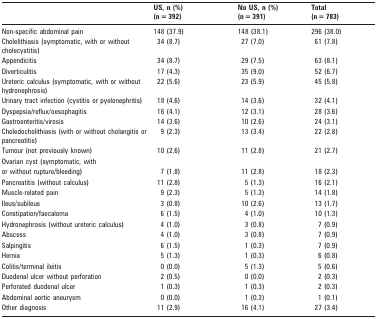
<table><thead><tr><td></td><td><b>US, n (%)(n = 392)</b></td><td><b>No US, n (%)(n = 391)</b></td><td><b>Total(n = 783)</b></td></tr></thead><tbody><tr><td>Non-specific abdominal pain</td><td>148 (37.9)</td><td>148 (38.1)</td><td>296 (38.0)</td></tr><tr><td>Cholelithiasis (symptomatic, with or without cholecystitis)</td><td>34 (8.7)</td><td>27 (7.0)</td><td>61 (7.8)</td></tr><tr><td>Appendicitis</td><td>34 (8.7)</td><td>29 (7.5)</td><td>63 (8.1)</td></tr><tr><td>Diverticulitis</td><td>17 (4.3)</td><td>35 (9.0)</td><td>52 (6.7)</td></tr><tr><td>Ureteric calculus (symptomatic, with or without hydronephrosis)</td><td>22 (5.6)</td><td>23 (5.9)</td><td>45 (5.8)</td></tr><tr><td>Urinary tract infection (cystitis or pyelonephritis)</td><td>18 (4.6)</td><td>14 (3.6)</td><td>32 (4.1)</td></tr><tr><td>Dyspepsia/reflux/oesophagitis</td><td>16 (4.1)</td><td>12 (3.1)</td><td>28 (3.6)</td></tr><tr><td>Gastroenteritis/virosis</td><td>14 (3.6)</td><td>10 (2.6)</td><td>24 (3.1)</td></tr><tr><td>Choledocholithiasis (with or without cholangitis or pancreatitis)</td><td>9 (2.3)</td><td>13 (3.4)</td><td>22 (2.8)</td></tr><tr><td>Tumour (not previously known)</td><td>10 (2.6)</td><td>11 (2.8)</td><td>21 (2.7)</td></tr><tr><td>Ovarian cyst (symptomatic, with</td><td></td><td></td><td></td></tr><tr><td>or without rupture/bleeding)</td><td>7 (1.8)</td><td>11 (2.8)</td><td>18 (2.3)</td></tr><tr><td>Pancreatitis (without calculus)</td><td>11 (2.8)</td><td>5 (1.3)</td><td>16 (2.1)</td></tr><tr><td>Muscle-related pain</td><td>9 (2.3)</td><td>5 (1.3)</td><td>14 (1.8)</td></tr><tr><td>Ileus/subileus</td><td>3 (0.8)</td><td>10 (2.6)</td><td>13 (1.7)</td></tr><tr><td>Constipation/faecaloma</td><td>6 (1.5)</td><td>4 (1.0)</td><td>10 (1.3)</td></tr><tr><td>Hydronephrosis (without ureteric calculus)</td><td>4 (1.0)</td><td>3 (0.8)</td><td>7 (0.9)</td></tr><tr><td>Abscess</td><td>4 (1.0)</td><td>3 (0.8)</td><td>7 (0.9)</td></tr><tr><td>Salpingitis</td><td>6 (1.5)</td><td>1 (0.3)</td><td>7 (0.9)</td></tr><tr><td>Hernia</td><td>5 (1.3)</td><td>1 (0.3)</td><td>6 (0.8)</td></tr><tr><td>Colitis/terminal ileitis</td><td>0 (0.0)</td><td>5 (1.3)</td><td>5 (0.6)</td></tr><tr><td>Duodenal ulcer without perforation</td><td>2 (0.5)</td><td>0 (0.0)</td><td>2 (0.3)</td></tr><tr><td>Perforated duodenal ulcer</td><td>1 (0.3)</td><td>1 (0.3)</td><td>2 (0.3)</td></tr><tr><td>Abdominal aortic aneurysm</td><td>0 (0.0)</td><td>1 (0.3)</td><td>1 (0.1)</td></tr><tr><td>Other diagnosis</td><td>11 (2.9)</td><td>16 (4.1)</td><td>27 (3.4)</td></tr></tbody></table>